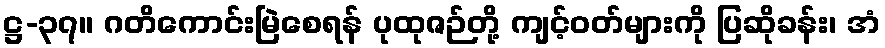
ဋ္ဌ-၃၇။ ဂတိကောင်းမြဲစေရန် ပုထုဇဉ်တို့ ကျင့်ဝတ်များကို ပြဆိုခန်း၊ အံ